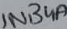
Text: 1N34A